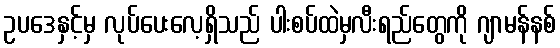
ဥပဒေနှင့်မှ လုပ်ပေးလေ့ရှိသည် ပါးစပ်ထဲမှလီးရည်တွေကို ဂျာမန်နစ်